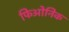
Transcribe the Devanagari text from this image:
फिओनिक